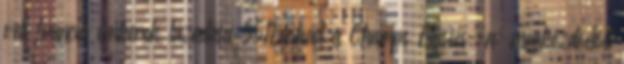
vett francia emberek lázadása 551Blokád a Champs Élysées-n: megkezdődött